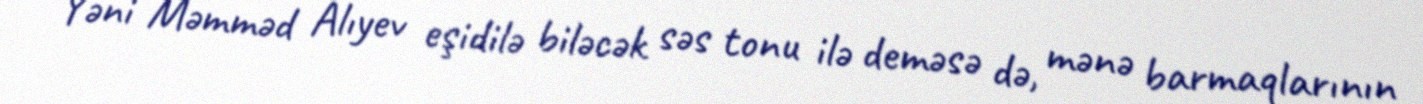
Yəni Məmməd Alıyev eşidilə biləcək səs tonu ilə deməsə də, mənə barmaqlarının